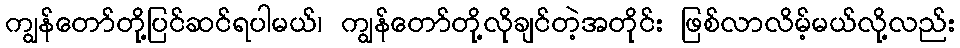
ကျွန်တော်တို့ပြင်ဆင်ရပါမယ်၊ ကျွန်တော်တို့လိုချင်တဲ့အတိုင်း ဖြစ်လာလိမ့်မယ်လို့လည်း